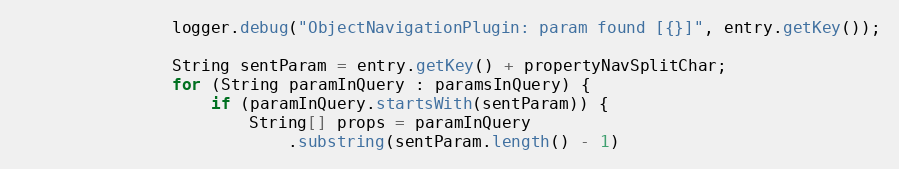
Language: Java
				logger.debug("ObjectNavigationPlugin: param found [{}]", entry.getKey());

				String sentParam = entry.getKey() + propertyNavSplitChar;
				for (String paramInQuery : paramsInQuery) {
					if (paramInQuery.startsWith(sentParam)) {
						String[] props = paramInQuery
							.substring(sentParam.length() - 1)